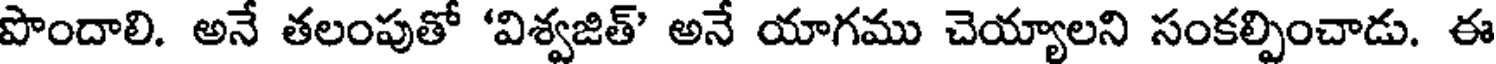
పొందాలి. అనే తలంపుతో 'విశ్వజిత్' అనే యాగము చెయ్యాలని సంకల్పించాడు. ఈ